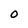
Character: O